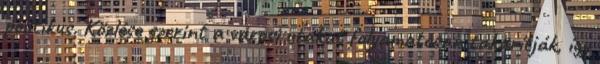
politikus. Közlése szerint a városi utakat folyamatosan takarítják, így